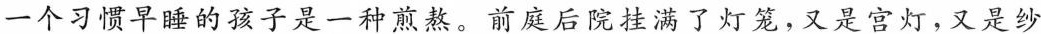
一个习惯早睡的孩子是一种煎熬。前庭后院挂满了灯笼，又是宫灯，又是纱